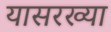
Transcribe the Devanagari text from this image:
यासरख्या